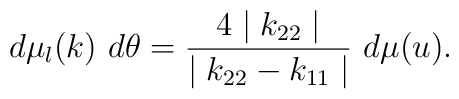
d \mu _l (k) ~d \theta = \frac{4 \mid k_{22} \mid }   {\mid k_{22} - k_{11} \mid} ~d \mu (u).